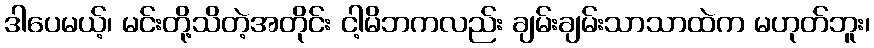
ဒါပေမယ့်၊ မင်းတို့သိတဲ့အတိုင်း ငါ့မိဘကလည်း ချမ်းချမ်းသာသာထဲက မဟုတ်ဘူး၊